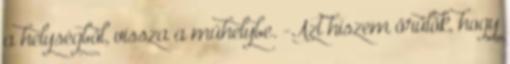
a helységből, vissza a műhelybe. -Azt hiszem örülök, hogy